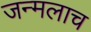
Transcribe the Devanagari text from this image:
जन्मलाच